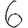
Digit: 6